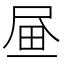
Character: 𡱮